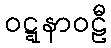
ဝဋ္ဋနာဝဠီ